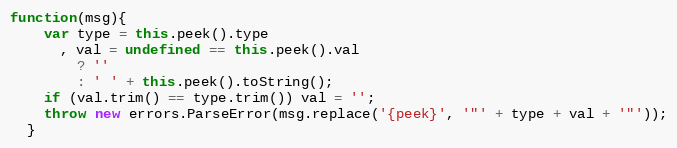
Language: JavaScript
function(msg){
    var type = this.peek().type
      , val = undefined == this.peek().val
        ? ''
        : ' ' + this.peek().toString();
    if (val.trim() == type.trim()) val = '';
    throw new errors.ParseError(msg.replace('{peek}', '"' + type + val + '"'));
  }